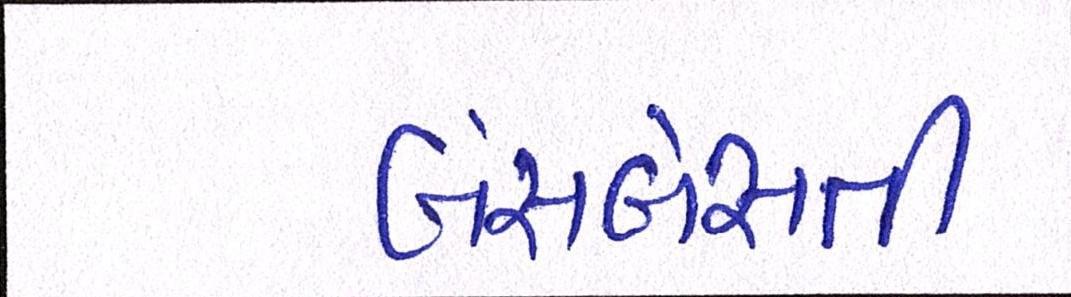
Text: બંસબેસતી